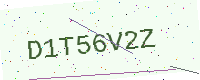
Text: D1T56V2Z